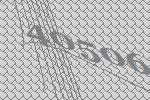
40506